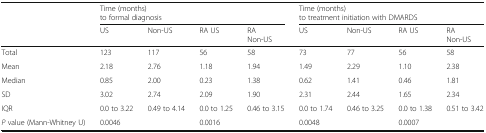
<table><thead><tr><td></td><td colspan="4"><b>Time (months)to formal diagnosis</b></td><td colspan="4"><b>Time (months)to treatment initiation with DMARDS</b></td></tr><tr><td></td><td><b>US</b></td><td><b>Non-US</b></td><td><b>RA US</b></td><td><b>RANon-US</b></td><td><b>US</b></td><td><b>Non-US</b></td><td><b>RA US</b></td><td><b>RANon-US</b></td></tr></thead><tbody><tr><td>Total</td><td>123</td><td>117</td><td>56</td><td>58</td><td>73</td><td>77</td><td>56</td><td>58</td></tr><tr><td>Mean</td><td>2.18</td><td>2.76</td><td>1.18</td><td>1.94</td><td>1.49</td><td>2.29</td><td>1.10</td><td>2.38</td></tr><tr><td>Median</td><td>0.85</td><td>2.00</td><td>0.23</td><td>1.38</td><td>0.62</td><td>1.41</td><td>0.46</td><td>1.81</td></tr><tr><td>SD</td><td>3.02</td><td>2.74</td><td>2.09</td><td>1.90</td><td>2.31</td><td>2.44</td><td>1.65</td><td>2.34</td></tr><tr><td>IQR</td><td>0.0 to 3.22</td><td>0.49 to 4.14</td><td>0.0 to 1.25</td><td>0.46 to 3.15</td><td>0.0 to 1.74</td><td>0.46 to 3.25</td><td>0.0 to 1.38</td><td>0.51 to 3.42</td></tr><tr><td><i>P</i> value (Mann-Whitney U)</td><td colspan="2">0.0046</td><td colspan="2">0.0016</td><td colspan="2">0.0048</td><td colspan="2">0.0007</td></tr></tbody></table>